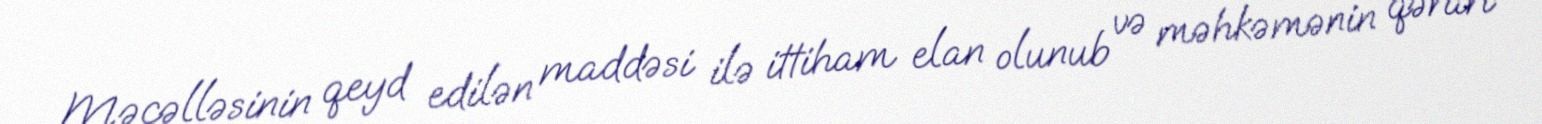
Məcəlləsinin qeyd edilən maddəsi ilə ittiham elan olunub və məhkəmənin qərarı